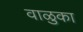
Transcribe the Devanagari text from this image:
वाळुका